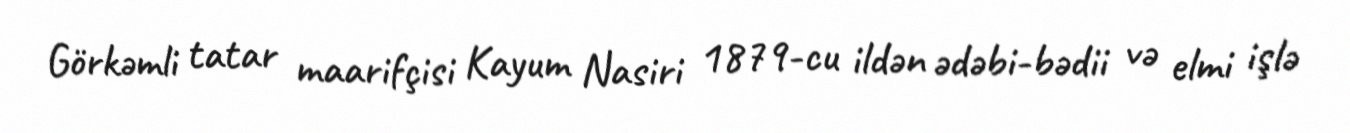
Görkəmli tatar maarifçisi Kayum Nasiri 1879-cu ildən ədəbi-bədii və elmi işlə